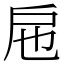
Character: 㦾